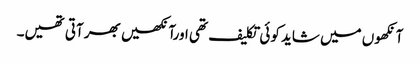
آنکھوں میں شاید کوئی تکلیف تھی اورآنکھیں بھر آتی تھیں۔